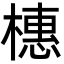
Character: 橞